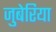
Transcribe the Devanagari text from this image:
जुबेरिया